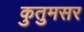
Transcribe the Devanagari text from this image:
कुतुमसर